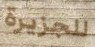
للجزيرة